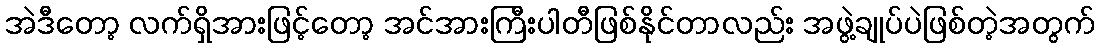
အဲဒီတော့ လက်ရှိအားဖြင့်တော့ အင်အားကြီးပါတီဖြစ်နိုင်တာလည်း အဖွဲ့ချုပ်ပဲဖြစ်တဲ့အတွက်